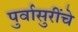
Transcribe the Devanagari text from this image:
पुर्वासुरींचे